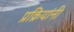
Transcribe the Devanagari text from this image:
प्रक्रियांनी